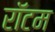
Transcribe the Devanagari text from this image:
रॉटम